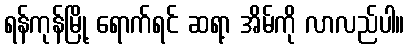
ရန်ကုန်မြို့ ရောက်ရင် ဆရာ့ အိမ်ကို လာလည်ပါ။